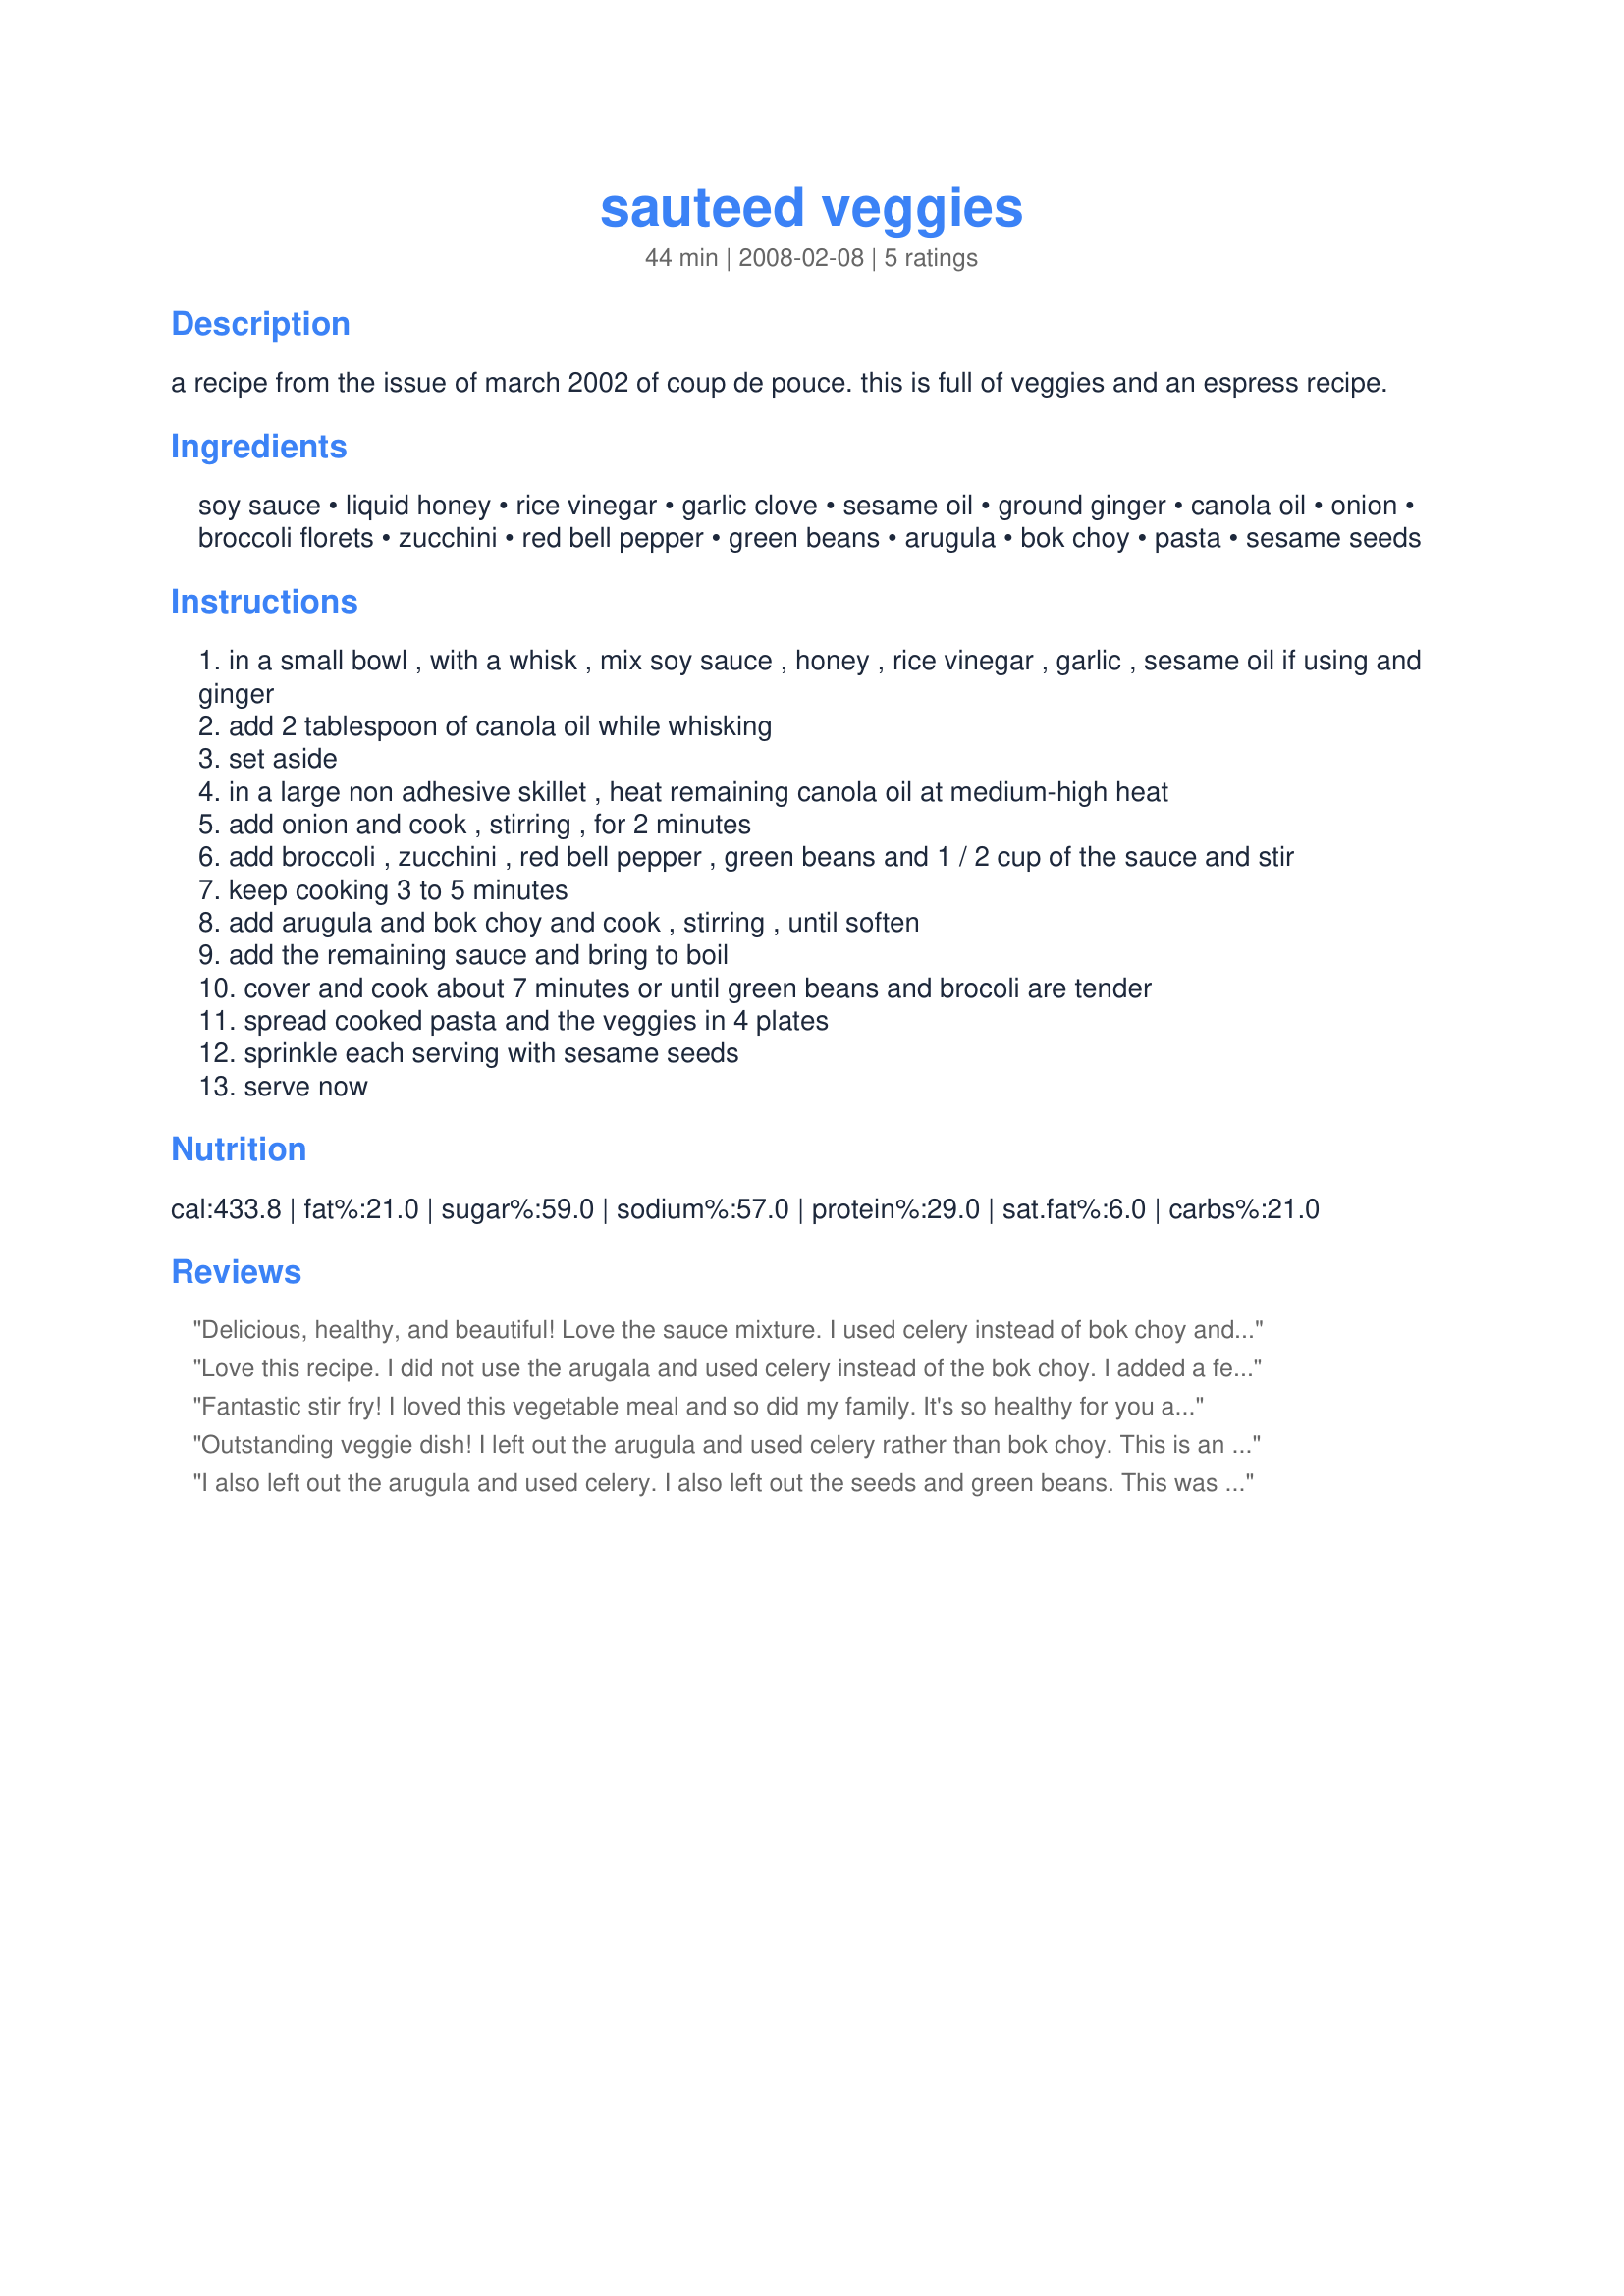
sauteed veggies
Preparation time: 44 minutes

a recipe from the issue of march 2002 of coup de pouce. this is full of veggies and an espress recipe.

Ingredients:
soy sauce, liquid honey, rice vinegar, garlic clove, sesame oil, ground ginger, canola oil, onion, broccoli florets, zucchini, red bell pepper, green beans, arugula, bok choy, pasta, sesame seeds

Steps:
in a small bowl , with a whisk , mix soy sauce , honey , rice vinegar , garlic , sesame oil if using and ginger
add 2 tablespoon of canola oil while whisking
set aside
in a large non adhesive skillet , heat remaining canola oil at medium-high heat
add onion and cook , stirring , for 2 minutes
add broccoli , zucchini , red bell pepper , green beans and 1 / 2 cup of the sauce and stir
keep cooking 3 to 5 minutes
add arugula and bok choy and cook , stirring , until soften
add the remaining sauce and bring to boil
cover and cook about 7 minutes or until green beans and brocoli are tender
spread cooked pasta and the veggies in 4 plates
sprinkle each serving with sesame seeds
serve now

Reviews:
Delicious, healthy, and beautiful! Love the sauce mixture. I used celery instead of bok choy and summer squash instead of zuchinni and a few peas I had left from another recipe but otherwise made as posted. The green beans were still crunchy even with extra time on stove but sauce for cooking moisture was gone so next time I will leave them out. Thanks Boomette for posting!
Love this recipe.
I did not use the arugala and used celery instead of the bok choy. I added a few sliced mushrooms also.
My DH would of prefered this on rice but I love the pasta.
Made for PRMR 
Great keeper recipe.
Fantastic stir fry! I loved this vegetable meal and so did my family. It's so healthy for you and tastes great! We ate this with rice. I left out the arugula and sesame seeds (though I really want to try this again with both) and used bok choy instead of celery. Thanks so much Boomette for this recipe! Made for 1-2-3 Zaar Tag.
Outstanding veggie dish! I left out the arugula and used celery rather than bok choy. This is an excellent side dish or vegetarian main dish. Made for photo tag.
I also left out the arugula and used celery. I also left out the seeds and green beans. This was a different way to have veggies but tasty, thanks for posting.
